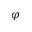
\varphi